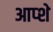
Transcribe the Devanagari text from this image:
आप्शे